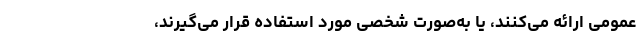
عمومی ارائه می‌کنند، یا به‌صورت شخصی مورد استفاده قرار می‌گیرند،